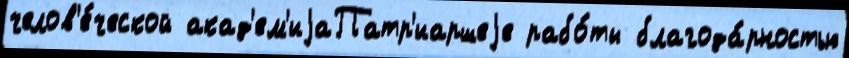
челов'е́ческой акад'ем'иjаПатр'иаршеjе рабо́ты благода́рностью